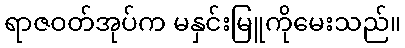
ရာဇဝတ်အုပ်က မနှင်းမြူကိုမေးသည်။